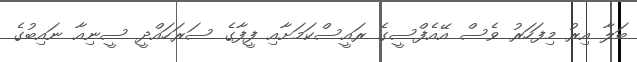
ބަލާ އިރު މިފަހަރު ވެސް އޭއެފްސީގެ ރައީސްކަމަށާއި ފީފާގެ ސަރަހައްދީ ސީނިއާ ނައިބުގެ